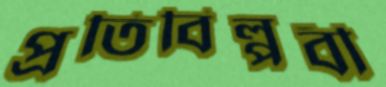
প্রতিবিপ্লবী